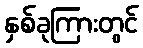
နှစ်ခုကြားတွင်